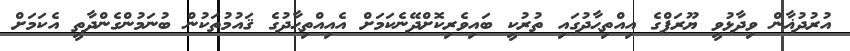
އުރުދުޣާން ވިދާޅުވީ ޔޫރަޕްގެ އިއްތިޙާދުގައި ތުރުކީ ބައިވެރިކޮށްދޭނެކަމަށް އެއިއްތިޙާދުގެ ޤައުމުތަކުން ބުނަމުންގެންދާތީ އެކަމަށް